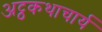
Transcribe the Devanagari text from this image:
अट्ठकथाचार्य